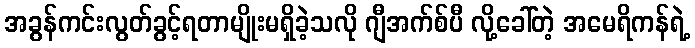
အခွန်ကင်းလွတ်ခွင့်ရတာမျိုးမရှိခဲ့သလို ဂျီအက်စ်ပီ လို့ခေါ်တဲ့ အမေရိကန်ရဲ့